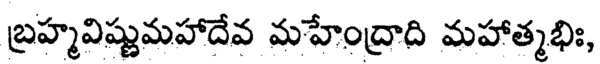
బ్రహ్మవిష్ణుమహాదేవ మహేంద్రాది మహాత్మభిః,